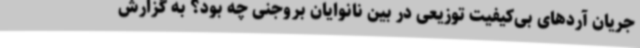
جریان آردهای بی‌کیفیت توزیعی در بین نانوایان بروجنی چه بود؟ به گزارش